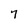
Character: 7